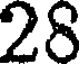
28